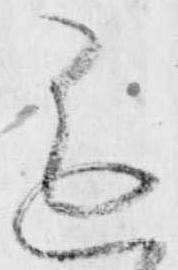
進